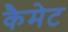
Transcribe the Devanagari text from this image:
कैमेट